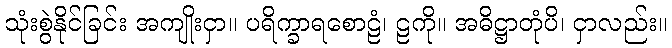
သုံးစွဲနိုင်ခြင်း အကျိုးငှာ။ ပရိက္ခာရစောဠံ၊ ဠကို။ အဓိဋ္ဌာတုံပိ၊ ငှာလည်း။